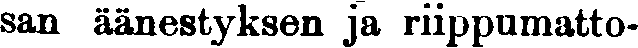
san äänestyksen ja riippumatto-